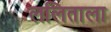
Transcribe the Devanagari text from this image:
ललिताला